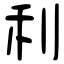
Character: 利